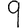
Digit: 9